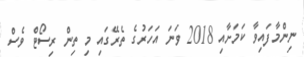
ނިންމާފައިވާ ކަމަށާއި 2018 ވަނަ އަހަރުގެ ތެރޭގައި މި ތިން ރިސޯޓް ވެސް